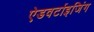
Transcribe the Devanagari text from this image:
ऐडवर्टाइजिंग